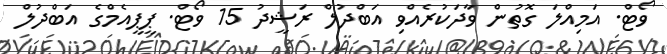
ވޯޓް. އަމިއްލަ ގޮތުން ވާދަކުރެއްވި އަބްދުލް ރަޝީދު 15 ވޯޓް. ޕީޕީއެމްގެ އަބްދުލް